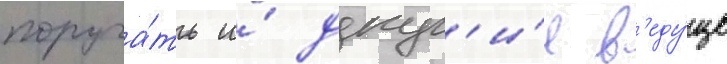
поруча́ть и́ друг'и́е в'еду́щие